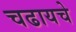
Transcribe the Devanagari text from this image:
चढायचे